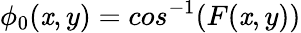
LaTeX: {\phi}_{0}(\mathit{x},y)=cos^{-1}(F(\mathit{x},y))